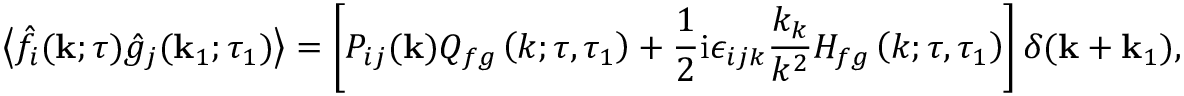
\left\langle \hat { f } _ { i } ( \mathbf { k } ; \tau ) \hat { g } _ { j } ( \mathbf { k } _ { 1 } ; \tau _ { 1 } ) \right\rangle = \left[ P _ { i j } ( \mathbf { k } ) Q _ { f g } \left( k ; \tau , \tau _ { 1 } \right) + \frac { 1 } { 2 } \mathrm { i } \epsilon _ { i j k } \frac { k _ { k } } { k ^ { 2 } } H _ { f g } \left( k ; \tau , \tau _ { 1 } \right) \right] \delta ( \mathbf { k } + \mathbf { k } _ { 1 } ) ,